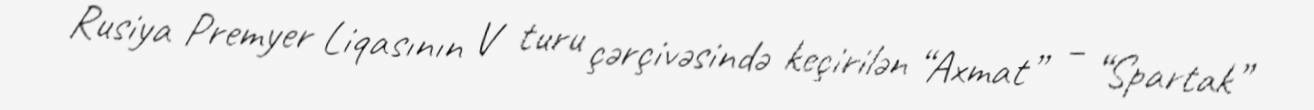
Rusiya Premyer Liqasının V turu çərçivəsində keçirilən “Axmat” – “Spartak”